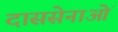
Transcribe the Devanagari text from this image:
दाससेनाओं